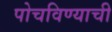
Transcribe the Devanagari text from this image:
पोचविण्याची